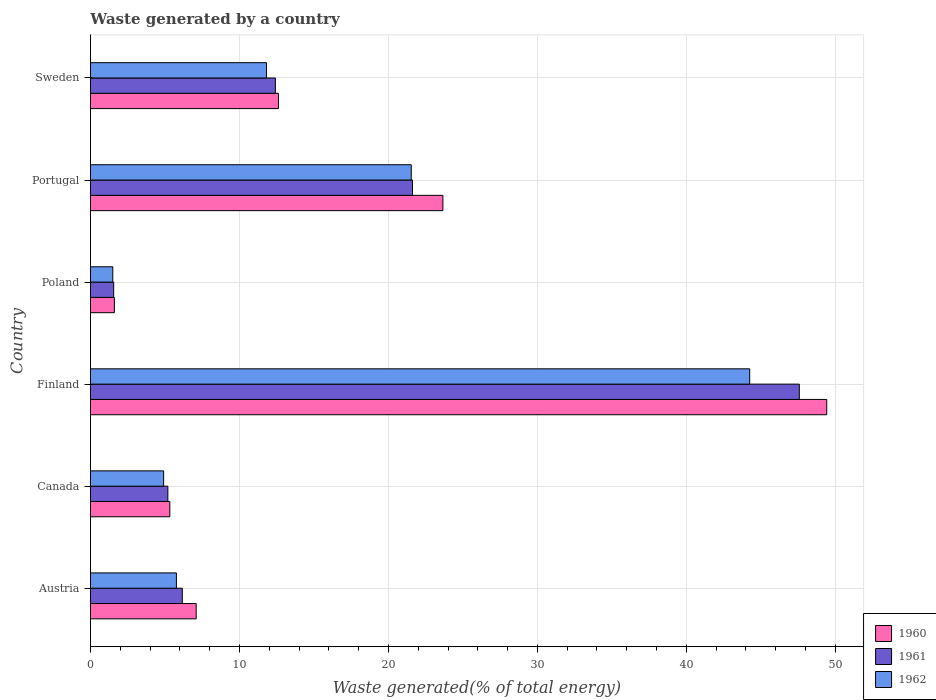
| Country | 1960 | 1961 | 1962 |
 | --- | --- | --- | --- |
 | Austria | 7.1 | 6.16 | 5.77 |
 | Canada | 5.33 | 5.19 | 4.91 |
 | Finland | 49.4 | 47.6 | 44.3 |
 | Poland | 1.6 | 1.56 | 1.5 |
 | Portugal | 23.7 | 21.6 | 21.5 |
 | Sweden | 12.6 | 12.4 | 11.8 |